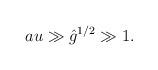
LaTeX: \begin{align*}au \gg {\hat g}^{1/2} \gg 1.\end{align*}